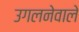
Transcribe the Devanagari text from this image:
उगलनेवाले